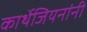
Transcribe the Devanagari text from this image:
कार्थेजियनांनीं